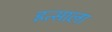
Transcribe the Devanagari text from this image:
इत्साला